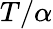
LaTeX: T/\alpha